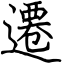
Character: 遷